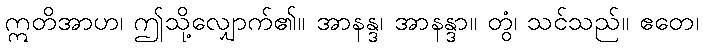
ဣတိအာဟ၊ ဤသို့လျှောက်၏။ အာနန္ဒ၊ အာနန္ဒာ။ တွံ၊ သင်သည်။ ဧတေ၊